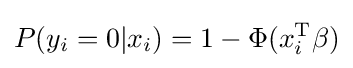
P(y_{i}=0|x_{i})=1-\Phi (x_{i}^{\operatorname {T} }\beta )